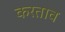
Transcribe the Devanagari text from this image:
करताव